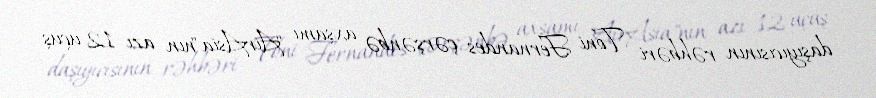
daşıyıcısının rəhbəri Toni Fernandes çərşənbə axşamı "AirAsia"nın azı 12 uçuş